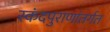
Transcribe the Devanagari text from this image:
स्कंदपुराणांतर्गत